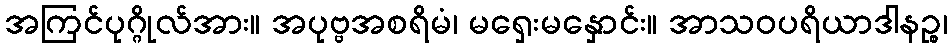
အကြင်ပုဂ္ဂိုလ်အား။ အပုဗ္ဗအစရိမံ၊ မရှေးမနှောင်း။ အာသဝပရိယာဒါနဉ္စ၊